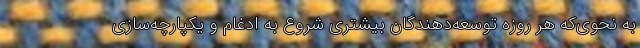
به نحوی‌که هر روزه توسعه‌دهندگان بیشتری شروع به ادغام و یکپارچه‌سازی